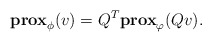
\begin{align*}\mathbf{prox}_{\phi}(v) = Q^T\mathbf{prox}_{\varphi}(Qv).\end{align*}